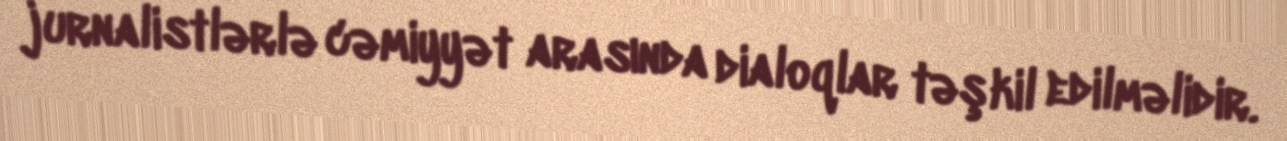
jurnalistlərlə cəmiyyət arasında dialoqlar təşkil edilməlidir.